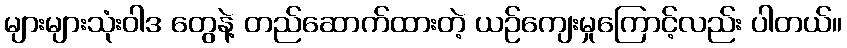
များများသုံးဝါဒ တွေနဲ့ တည်ဆောက်ထားတဲ့ ယဉ်ကျေးမှုကြောင့်လည်း ပါတယ်။